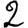
Digit: 2